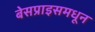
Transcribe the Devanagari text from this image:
बेसप्राइसमधून